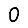
Digit: 0